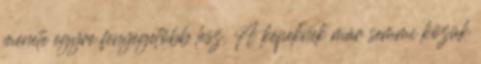
menete egyre fenyegetőbb lesz. A képeknek már semmi közük